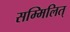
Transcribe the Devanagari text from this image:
सम्मिलित्